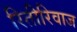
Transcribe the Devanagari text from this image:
रितीरिवाज